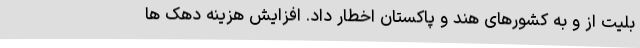
بلیت از و به کشورهای هند و پاکستان اخطار داد. افزایش هزینه دهک ها